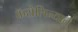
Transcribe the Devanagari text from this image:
कॅरोलिन्यात